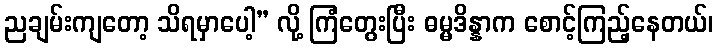
ညချမ်းကျတော့ သိရမှာပေါ့” လို့ ကြံတွေးပြီး ဓမ္မဒိန္နာက စောင့်ကြည့်နေတယ်၊